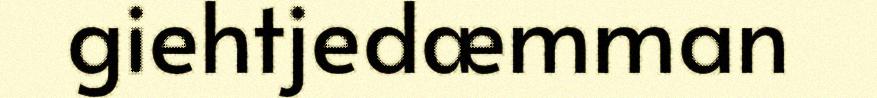
giehtjedæmman